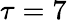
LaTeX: \tau=7